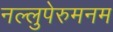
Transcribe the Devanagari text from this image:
नल्लुपेरुमनम